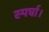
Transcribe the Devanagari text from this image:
स्पर्घा।